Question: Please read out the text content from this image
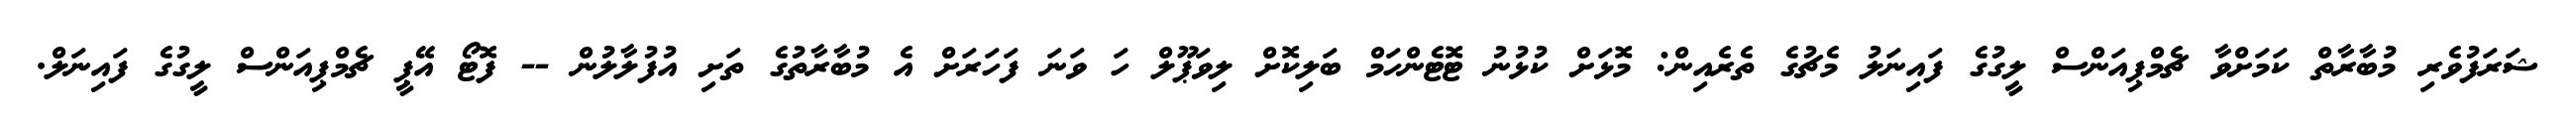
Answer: ޝަރަފުވެރި މުބާރާތް ކަމަށްވާ ޗެމްޕިއަންސް ލީގުގެ ފައިނަލު މެޗުގެ ތެރެއިން: މޮޅަށް ކުޅުނު ޓޮޓެންހަމް ބަލިކޮށް ލިވަޕޫލް ހަ ވަނަ ފަހަރަށް އެ މުބާރާތުގެ ތަށި އުފުލާލުން -- ފޮޓޯ އޭޕީ ޗެމްޕިއަންސް ލީގުގެ ފައިނަލް.